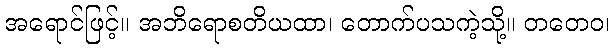
အရောင်ဖြင့်။ အဘိရောစတိယထာ၊ တောက်ပသကဲ့သို့။ တတေဝ၊